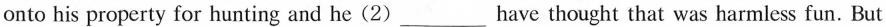
onto his property for hunting and he(2)___have thought that was harmless fun. But